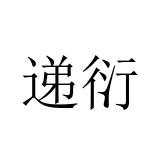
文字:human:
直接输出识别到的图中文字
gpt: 递衍